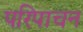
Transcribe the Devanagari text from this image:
परिपाचन